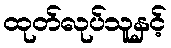
ထုတ်လုပ်သူနှင့်